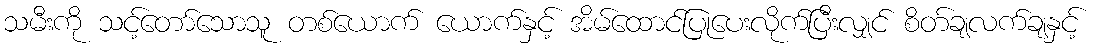
သမီးကို သင့်တော်သောသူ တစ်ယောက် ယောက်နှင့် အိမ်ထောင်ပြုပေးလိုက်ပြီးလျှင် စိတ်ချလက်ချနှင့်